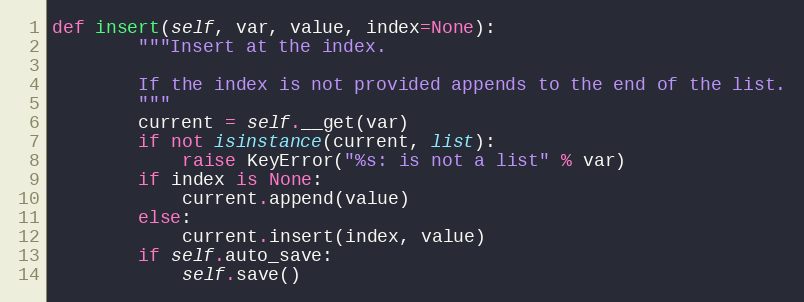
Language: Python
def insert(self, var, value, index=None):
        """Insert at the index.

        If the index is not provided appends to the end of the list.
        """
        current = self.__get(var)
        if not isinstance(current, list):
            raise KeyError("%s: is not a list" % var)
        if index is None:
            current.append(value)
        else:
            current.insert(index, value)
        if self.auto_save:
            self.save()